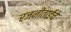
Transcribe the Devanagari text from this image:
रजनीताईंचे